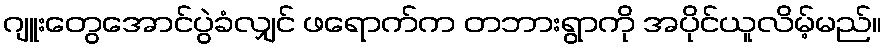
ဂျူးတွေအောင်ပွဲခံလျှင် ဖရောက်က တဘားရွာကို အပိုင်ယူလိမ့်မည်။